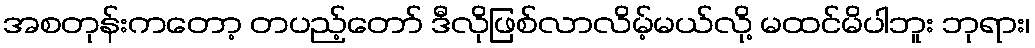
အစတုန်းကတော့ တပည့်တော် ဒီလိုဖြစ်လာလိမ့်မယ်လို့ မထင်မိပါဘူး ဘုရား၊